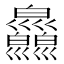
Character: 𤿄